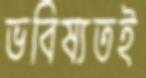
ভবিষ্যতই